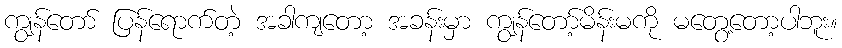
ကျွန်တော် ပြန်ရောက်တဲ့ အခါကျတော့ အခန်းမှာ ကျွန်တော့်မိန်းမကို မတွေ့တော့ပါဘူး။